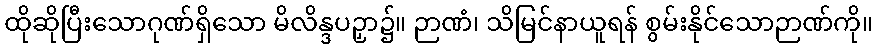
ထိုဆိုပြီးသောဂုဏ်ရှိသော မိလိန္ဒပဉှာ၌။ ဉာဏံ၊ သိမြင်နာယူရန် စွမ်းနိုင်သောဉာဏ်ကို။